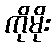
ကိုမိုး